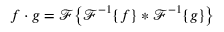
f \cdot g = { \mathcal { F } } { \big \{ } { \mathcal { F } } ^ { - 1 } \{ f \} * { \mathcal { F } } ^ { - 1 } \{ g \} { \big \} }